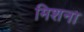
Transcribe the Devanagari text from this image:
मिशना